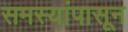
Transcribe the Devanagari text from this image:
समस्यांपासून